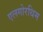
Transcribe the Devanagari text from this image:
एलगोरथिम